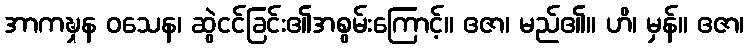
အာကဍ္ဎှန ဝသေန၊ ဆွဲငင်ခြင်း၏အစွမ်းကြောင့်။ ဧဇာ၊ မည်၏။ ဟိ၊ မှန်။ ဧဇာ၊